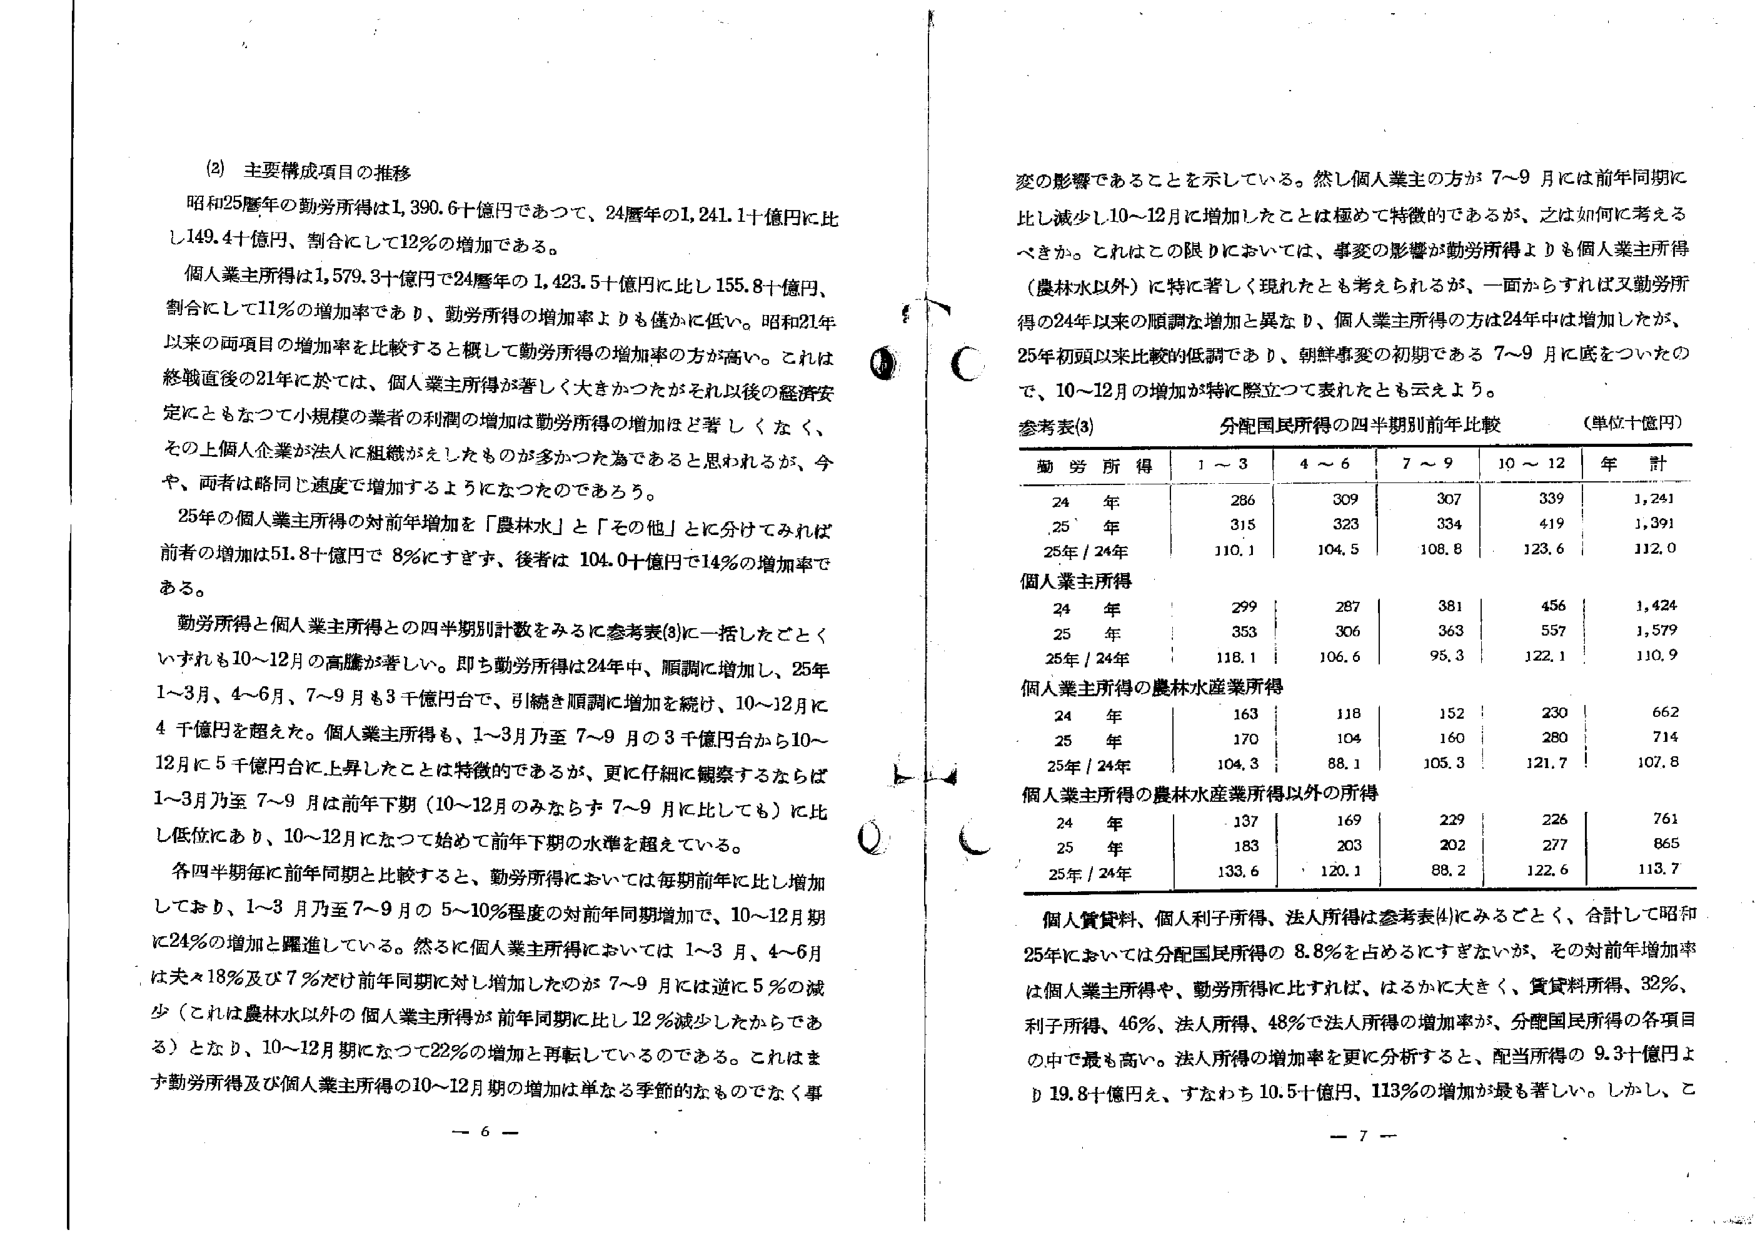
(2) 主要構成項目の推移

昭和25暦年の勤労所得は1,390.6十億円であつて、24暦年の1,241.1十億円に比し149.4十億円、割合にして12％の増加である。

個人業主所得は1,579.3十億円で24暦年の1,423.5十億円に比し155.8十億円、割合にして11％の増加率であり、勤労所得の増加率よりも僅かに低い。昭和21年以来の両項目の増加率を比較すると概して勤労所得の増加率の方が高い。これは終戦直後の21年については、個人業主所得が著しく大きかったがそれ以後の経済安定にともなつて小規模の業者の利潤の増加は勤労所得の増加ほど著しくなく、その上個人企業が法人に組織がえしたものが多いった為であると思われるが、今や、両者は略同じ速度で増加するようになったのであろう。

25年の個人業主所得の対前年増加を「農林水」と「その他」とに分けてみれば前者の増加は51.8十億円で8％にすぎず、後者は104.0十億円で14％の増加率である。

勤労所得と個人業主所得との四半期別計数をみるに参考表(3)に一括したごとくいずれも10～12月の高騰が著しい。即ち勤労所得は24年中、順調に増加し、25年1～3月、4～6月、7～9月も3千億円台で、引続き順調に増加を続け、10～12月に4千億円を超えた。個人業主所得も、1～3月乃至7～9月の3千億円台から10～12月に5千億円台に上昇したことは特徴的であるが、更に仔細に観察するならば1～3月乃至7～9月は前年下期（10～12月のみならず7～9月に比しても）に比し低位にあり、10～12月になって始めて前年下期の水準を超えている。

各四半期毎に前年同期と比較すると、勤労所得においては毎期前年に比し増加しており、1～3月乃至7～9月の5～10％程度の対前年同期増加で、10～12月期に24％の増加と躍進している。然るに個人業主所得においては1～3月、4～6月は夫々18％及び7％だけ前年同期に対し増加したのが7～9月には逆に5％の減少（これは農林水以外の個人業主所得が前年同期に比し12％減少したからである）となり、10～12月期になって22％の増加と再転しているのである。これはまず勤労所得及び個人業主所得の10～12月期の増加は単なる季節的なものでなく事

変の影響であることを示している。然し個人業主の方が7～9月には前年同期に比し減少し10～12月に増加したことは極めて特徴的であるが、之是如何に考えるべきか。これはこの限りにおいては、事変の影響が勤労所得よりも個人業主所得（農林水以外）に特に著しく現れたとも考えられるが、一面からすれば又勤労所得の24年以来の順調な増加と異なり、個人業主所得の方は24年中は増加したが、25年初頭以来比較的低調であり、朝鮮事変の初期である7～9月に底をついたので、10～12月の増加が特に際立って表れたとも云えよう。

参考表(3) 分配国民所得の四半期別前年比較 （単位十億円）

勤労所得 | 1～3 | 4～6 | 7～9 | 10～12 | 年計
--- | --- | --- | --- | --- | ---
24年 | 286 | 309 | 307 | 339 | 1,241
25年 | 315 | 323 | 334 | 419 | 1,391
25年/24年 | 110.1 | 104.5 | 108.8 | 123.6 | 112.0

個人業主所得
24年 | 299 | 287 | 381 | 456 | 1,424
25年 | 353 | 306 | 363 | 557 | 1,579
25年/24年 | 118.1 | 106.6 | 95.3 | 122.1 | 110.9

個人業主所得の農林水産業所得
24年 | 163 | 118 | 152 | 230 | 662
25年 | 170 | 104 | 160 | 280 | 714
25年/24年 | 104.3 | 88.1 | 105.3 | 121.7 | 107.8

個人業主所得の農林水産業所得以外の所得
24年 | 137 | 169 | 229 | 226 | 761
25年 | 183 | 203 | 202 | 277 | 865
25年/24年 | 133.6 | 120.1 | 88.2 | 122.6 | 113.7

個人賃貸料、個人利子所得、法人所得は参考表(4)にみるごとく、合計して昭和25年においては分配国民所得の8.8％を占めるにすぎないが、その対前年増加率は個人業主所得や、勤労所得に比すれば、はるかに大きく、賃貸料所得、32％、利子所得、46％、法人所得、48％で法人所得の増加率が、分配国民所得の各項目の中で最も高い。法人所得の増加率を更に分析すると、配当所得の9.3十億円より19.8十億円を、すなわち10.5十億円、113％の増加が最も著しい。しかし、こ

— 6 —
— 7 —